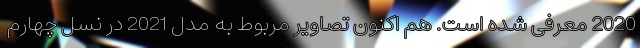
2020 معرفی شده است. هم اکنون تصاویر مربوط به مدل 2021 در نسل چهارم